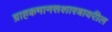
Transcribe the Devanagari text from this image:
ग्राहकमानसशास्त्रावरील